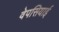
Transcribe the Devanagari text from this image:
वेपसियाई